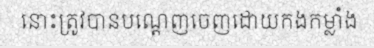
នោះត្រូវបានបណ្តេញចេញដោយកងកម្លាំង